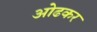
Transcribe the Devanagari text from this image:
ओढकर